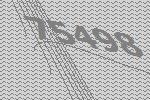
75498